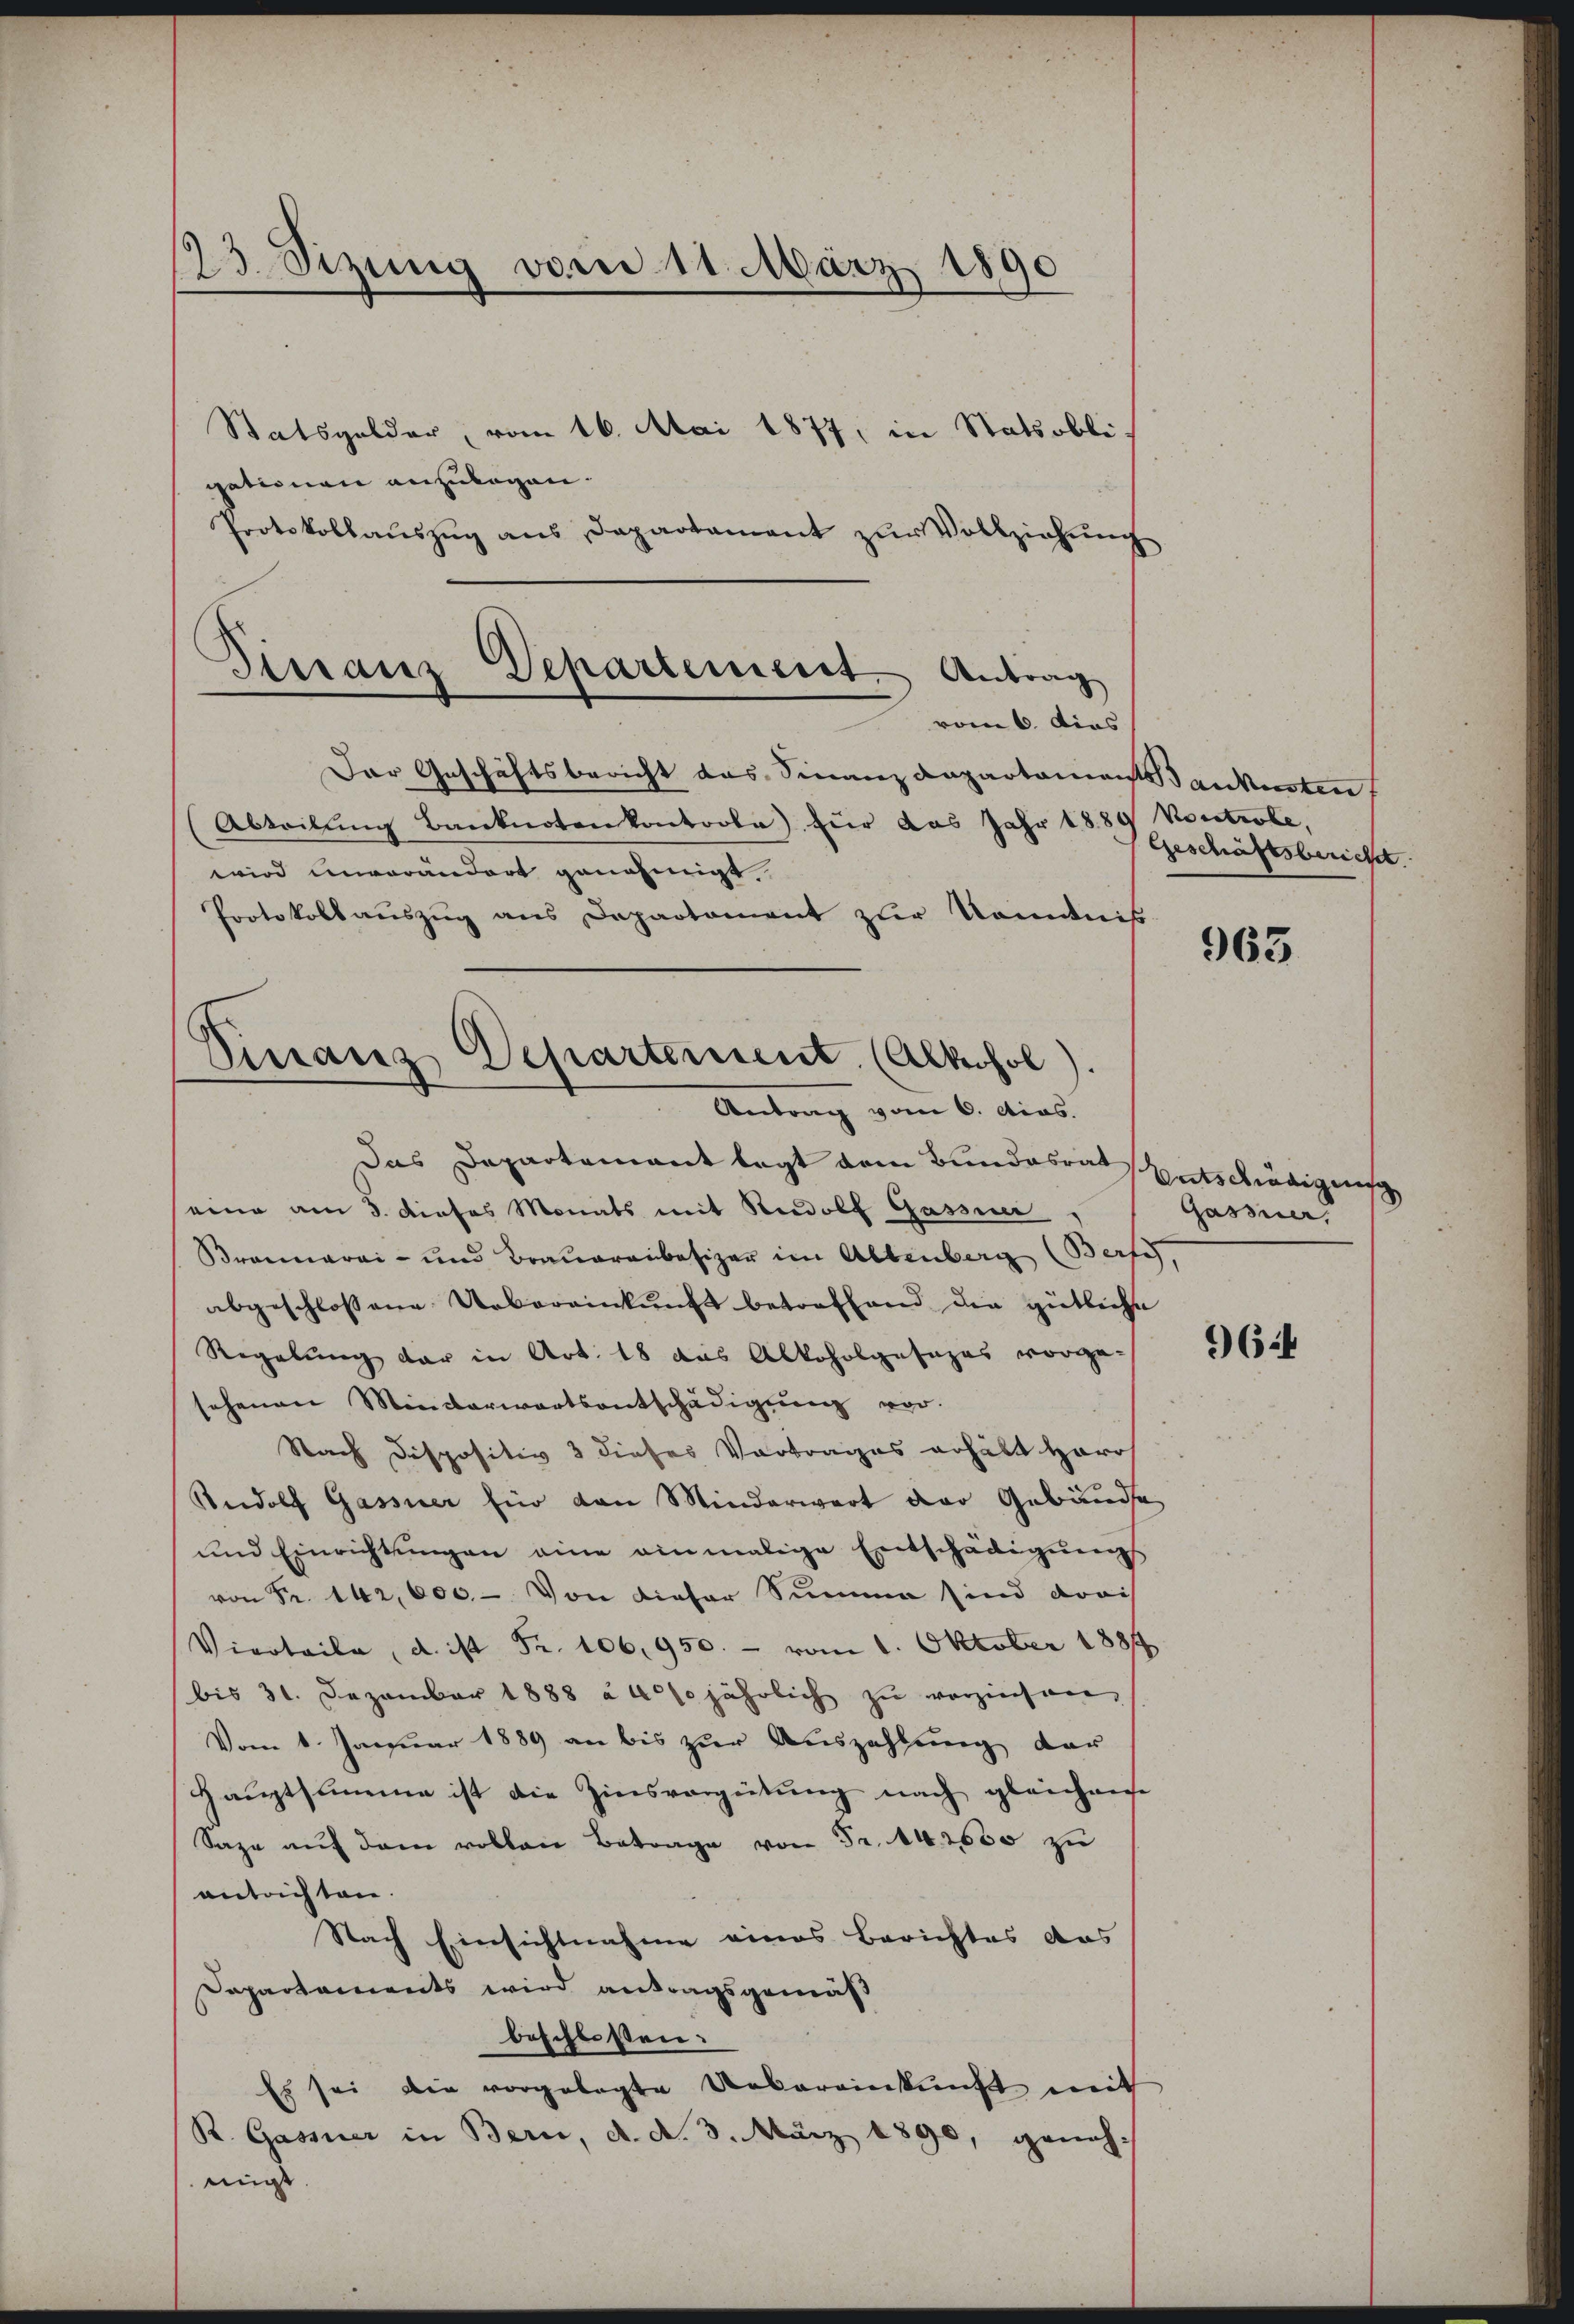
13 Sizung vom 11. März 1890
Statsgelder, vom 16. Mai 1877, in Statsobli-

gationen anzulagen.
Protokollaŭszŭg ans Departament zŭr Vollziehŭng
Der Geschäftsbericht das Finanzdepartamendankensten
(Abteilŭng Banknoten kontoola) für das Jahr 1889 Kontrole,
wird unverändert genehmigt.
Protokoll aŭszŭg ans Departement zŭr Kenntniß
Finanz Departement. (Alkohol).

Finanz Departement. Antrag
vom 6. Dies

Antrag vom 6. Mias.

Geschäftsbericht

das Departamant legt dem Bundesrath Entschädigung
eine am 5. dieses Monats mit Rudolf Gassier
Braunarai- und Brauereibesizer im Altenberg (Berfe,
abgeschlossene Uebereinkunft betreffend die gütliche
Regelung der in Art. 18 das Alkoholgesezes vorge-
sehenen Minderwortsentschädigung vor.
Nach Dispositiv 3 dieses Vortrages erhält Herr
Rudolf Gassner für den Minderwart der Gebäude
und Einrichtŭngen eine einmalige Entschädigŭngs
von Fr. 142,000. - Von dieser Summe sind droi
Vierteile, d. ist Fr. 106,950. - vom 1. Oktober 1881
bis 31. Dezember 1888 à 40% jährlich zŭ verzinsen,
Vom 1. Januar 1889 an bis zur Auszahlung der
Hauptsumme ist die Zinsvergütung nach gleichense
Saze aŭf dem vollen Betrage von Fr. 140000 zu
antrichten.
Nach Einsichtnahme eines Berichtes das
Dapartaments wird antragsgemäß
beschloßen:
Es sei die vorgelegte Uebereinkunft mit
R. Gassner in Bern, d. d. 3. März 1890, genehmigt

963

Gassner

964